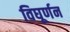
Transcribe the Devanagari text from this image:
विघूर्णन